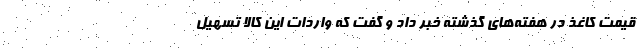
قیمت کاغذ در هفته‌های گذشته خبر داد و گفت که واردات این کالا تسهیل